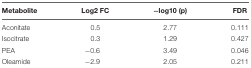
| Metabolite | Log2 FC | -log10 (p) | FDR |
 | --- | --- | --- | --- |
 | Aconitate | 0.5 | 2.77 | 0.111 |
 | Isocitrate | 0.3 | 1.29 | 0.427 |
 | PEA | -0.6 | 3.49 | 0.046 |
 | Oleamide | -2.9 | 2.05 | 0.211 |